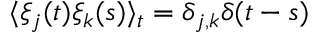
\langle \xi _ { j } ( t ) \xi _ { k } ( s ) \rangle _ { t } = \delta _ { j , k } \delta ( t - s )